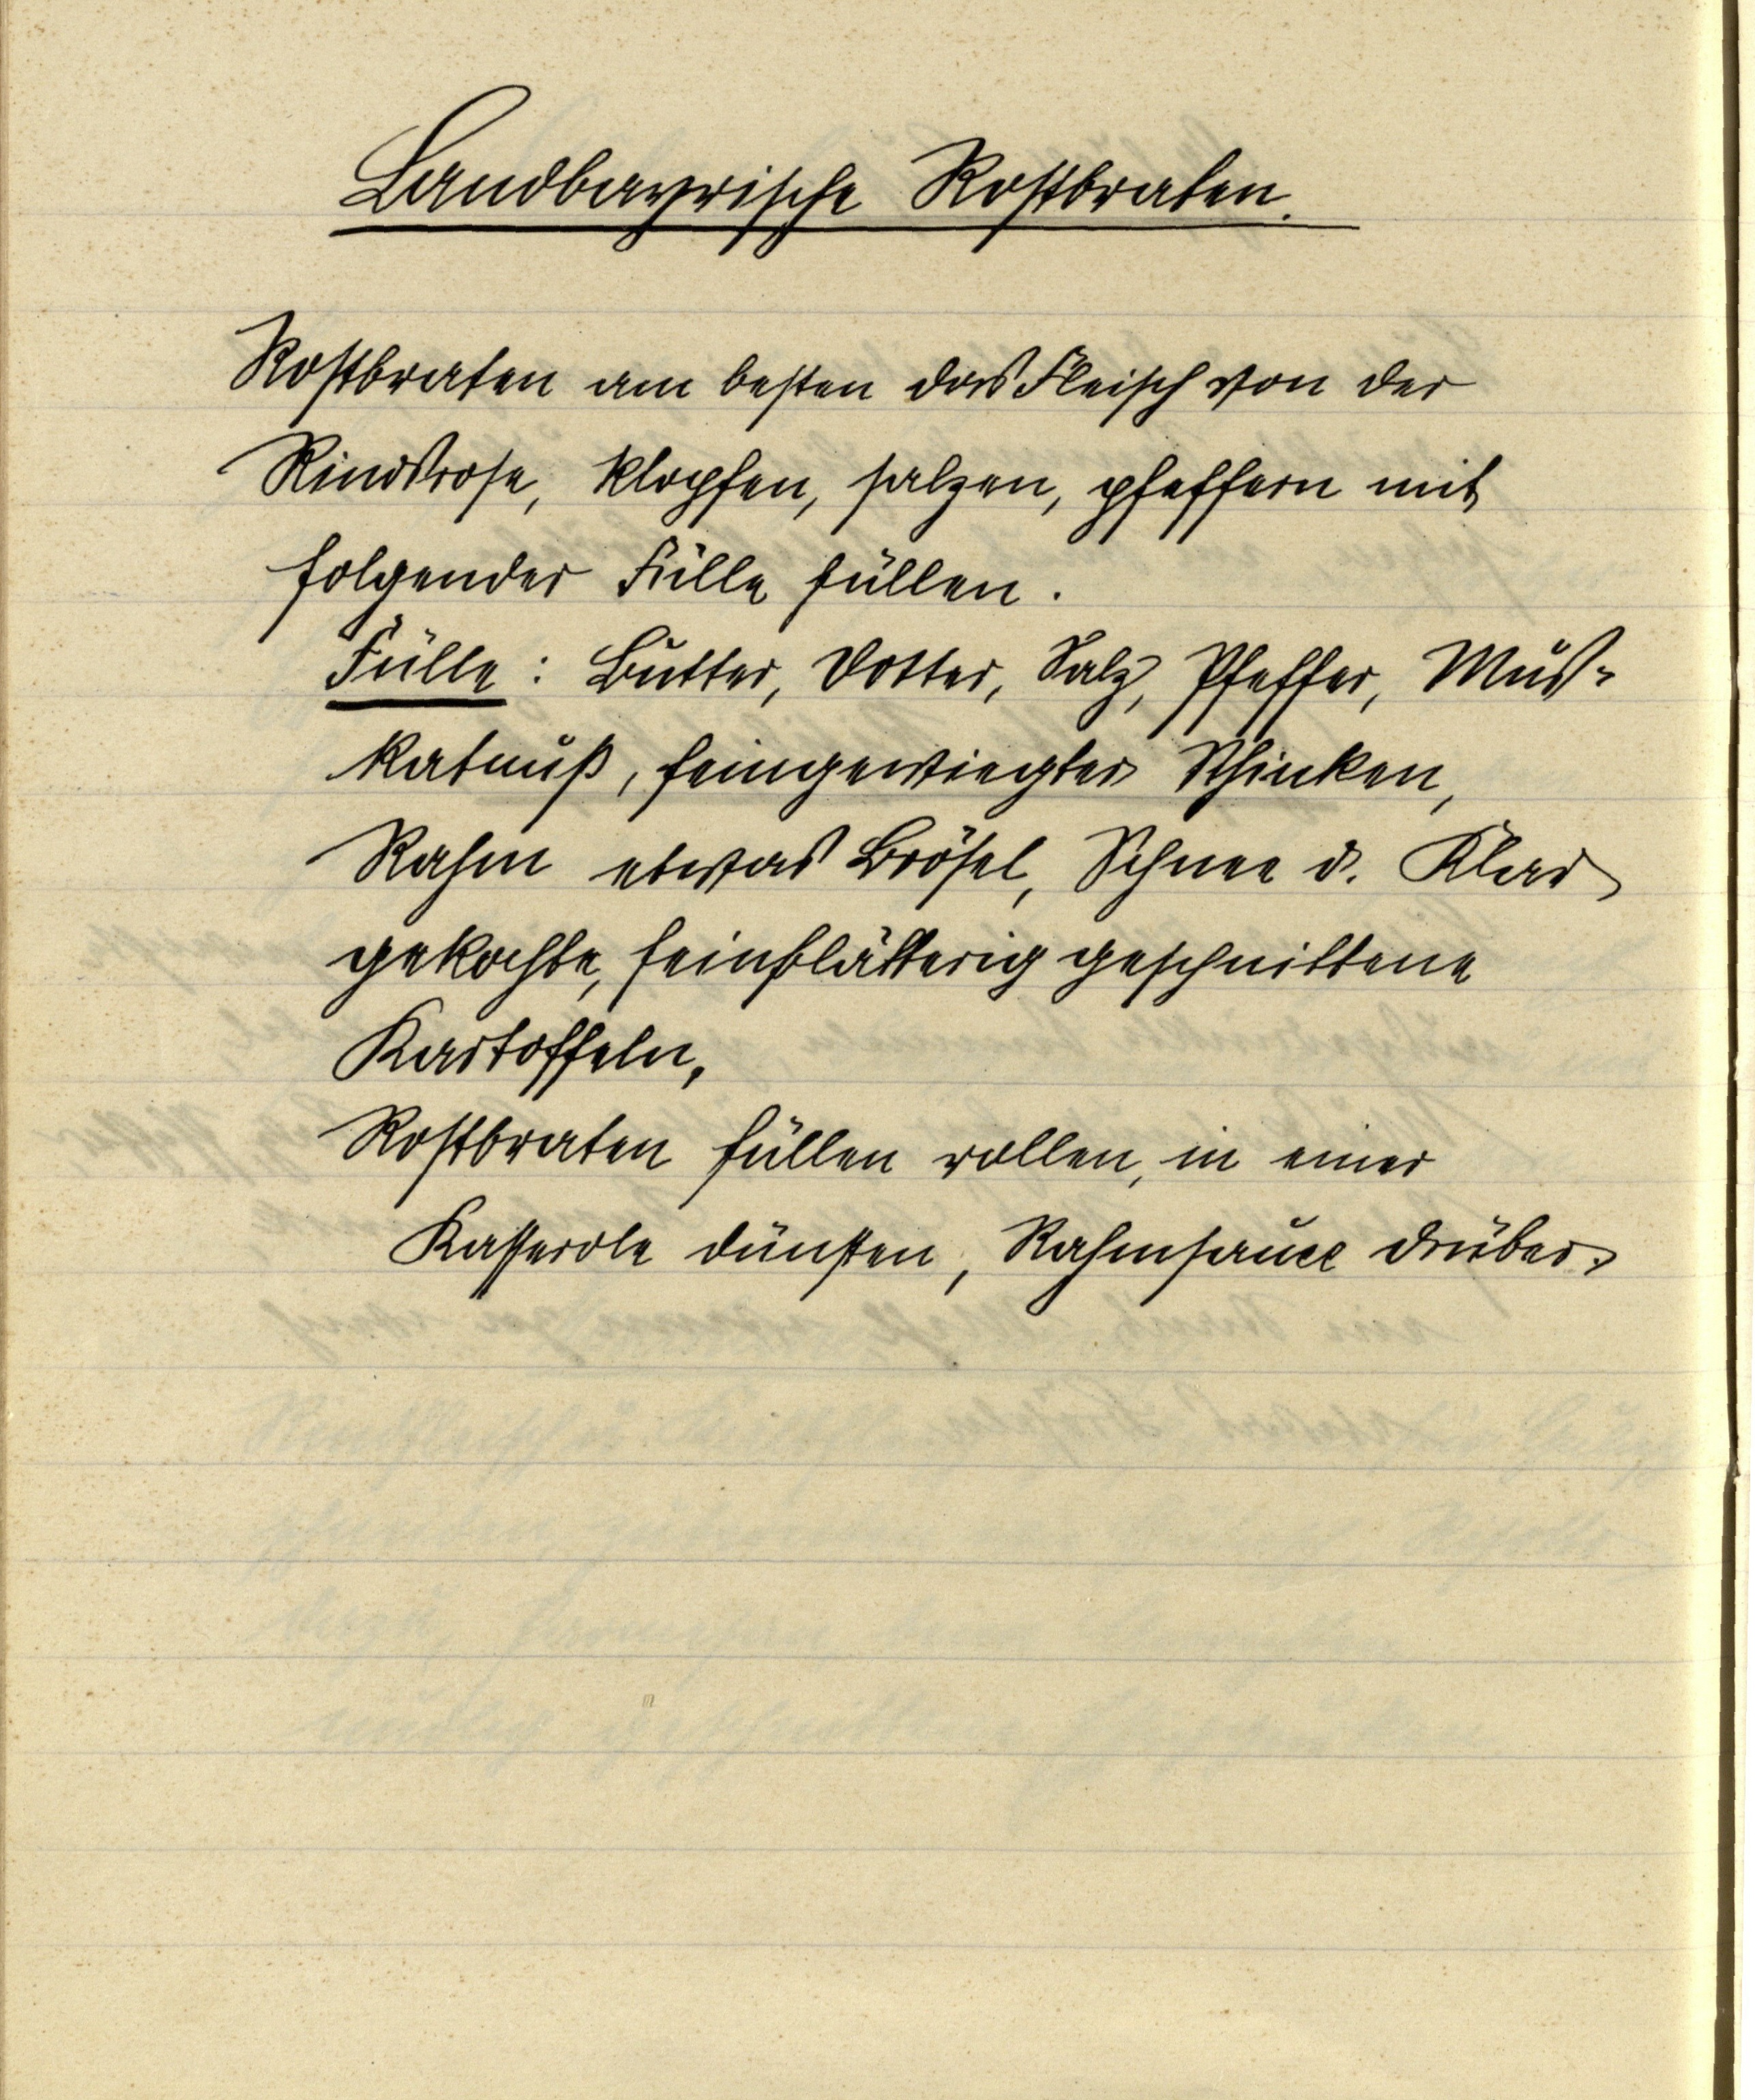
Landbayrische Rostbraten.

Rostbraten am besten das Fleisch von der
Rindsrose, klopfen, salzen, pfeffern mit
folgender Fülle füllen.
Fülle: Butter, Dotter, Salz, Pfeffer, Mus¬
katnuß, feingewiegter Schinken,
Rahm etwas Brösel, Schnee d. Klar
gekochte, feinblättrig geschnittene
Kartoffeln,
Rostbraten füllen rollen, in einer
Kasserole dünsten, Rahmsauce drüber.